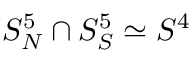
S _ { N } ^ { 5 } \cap S _ { S } ^ { 5 } \simeq S ^ { 4 }